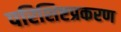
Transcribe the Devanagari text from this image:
परिशिष्टप्रकरण